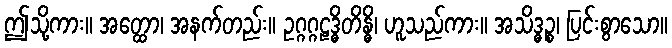
ဤသို့ကား။ အတ္ထော၊ အနက်တည်း။ ဥဂ္ဂဂ္ဂဠဒ္ဓိတိန္ဓိ၊ ဟူသည်ကား။ အသိဒ္ဓဉ္စ၊ ပြင်းစွာသော။